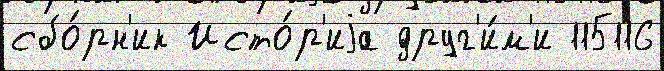
сбо́рн'ик Исто́р'иjа друг'и́м'и 115116